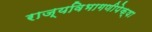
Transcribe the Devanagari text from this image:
राज्यविभागणीपेक्षा